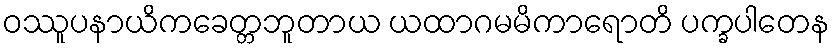
ဝဿူပနာယိကခေတ္တဘူတာယ ယထာဂမမိကာရောတိ ပက္ခပါတေန